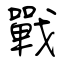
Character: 戰